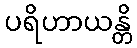
ပရိဟာယန္တိ